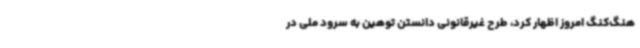
هنگ‌کنگ امروز اظهار کرد، طرح غیرقانونی دانستن توهین به سرود ملی در